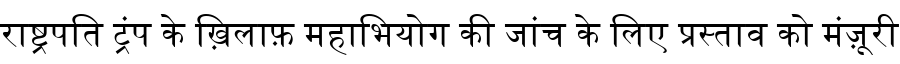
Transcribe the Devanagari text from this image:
राष्ट्रपति ट्रंप के ख़िलाफ़ महाभियोग की जांच के लिए प्रस्ताव को मंज़ूरी